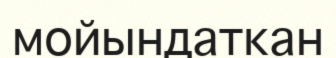
мойындаткан